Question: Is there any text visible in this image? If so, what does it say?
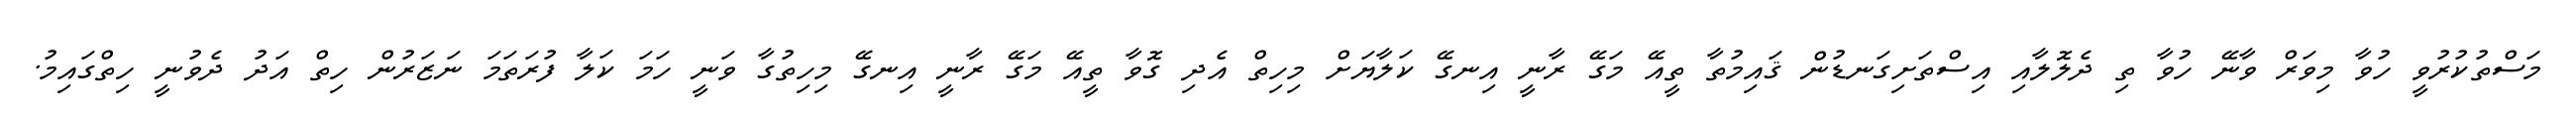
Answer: މަސްތުކުރުވީ ހުވާ މިވަރް ވާނޭ ހުވާ ތި ދެލޮލާއި އިސްތަށިގަނޑުން ޤައިމުތާ ތީއޭ މަގޭ ރާނީ އިނގޭ ކަލާޔަށް މިހިތް އެދި ގޮވާ ތީއޭ މަގޭ ރާނީ އިނގޭ މިހިތުގާ ވަނީ ހަމަ ކަލާ ފުރަތަމަ ނަޒަރުން ހިތް އަދު ދެވުނީ ހިތްގައިމު.